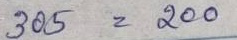
305 = 200